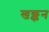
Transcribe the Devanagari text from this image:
खळ्कन